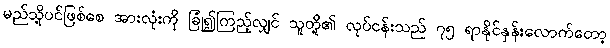
မည်သို့ပင်ဖြစ်စေ အားလုံးကို ခြုံ၍ကြည့်လျှင် သူတို့၏ လုပ်ငန်းသည် ၇၅ ရာနိုင်နှန်းလောက်တော့